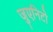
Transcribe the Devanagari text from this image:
जुएनिटो